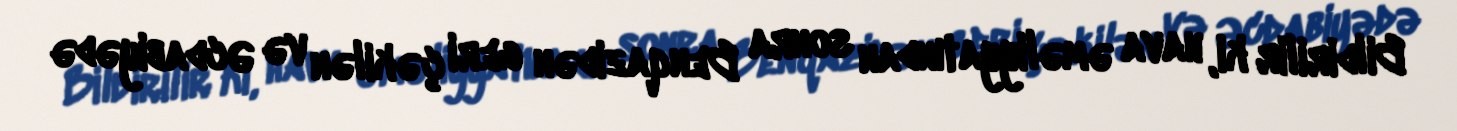
Bildirilir ki, hava əməliyyatından sonra Benqazidən geri çəkilən və Əcdabiyədə